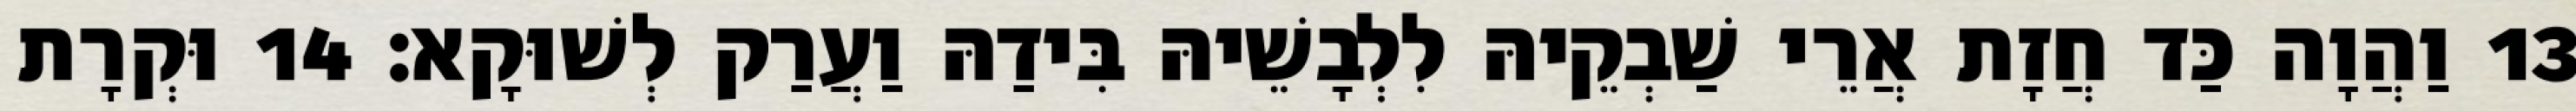
13 וַהֲוָה כַּד חֲזָת אֲרֵי שַׁבְקֵיהּ לִלְבָשֵׁיהּ בִּידַהּ וַעֲרַק לְשׁוּקָא׃ 14 וּקְרָת